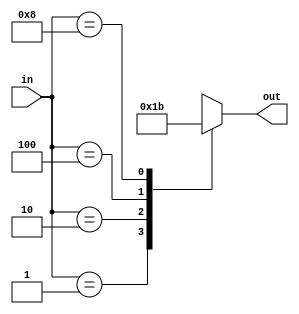
`timescale 1ns / 1ps
//////////////////////////////////////////////////////////////////////////////////
// Company: 
// Engineer: 
// 
// Design Name: 
// Module Name: enc_4to2
// Project Name: 
// Target Devices: 
// Tool Versions: 
// Description: 
// 
// Dependencies: 
// 
// Revision:
// Revision 0.01 - File Created
// Additional Comments:
// 
//////////////////////////////////////////////////////////////////////////////////


module enc_4to2(in,out);
input [3:0] in;
output reg [1:0] out;

always @(*)
begin

case(in)
4'b0001:out<=2'b00;
4'b0010:out<=2'b01;
4'b0100:out<=2'b10;
4'b1000:out<=2'b11;
default:out<=2'bx;
endcase

end
 
endmodule